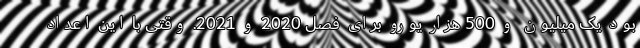
بود یک میلیون و 500 هزار یورو برای فصل 2020 و 2021. وقتی با این اعداد